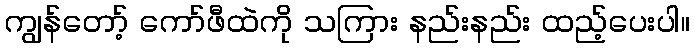
ကျွန်တော့် ကော်ဖီထဲကို သကြား နည်းနည်း ထည့်ပေးပါ။